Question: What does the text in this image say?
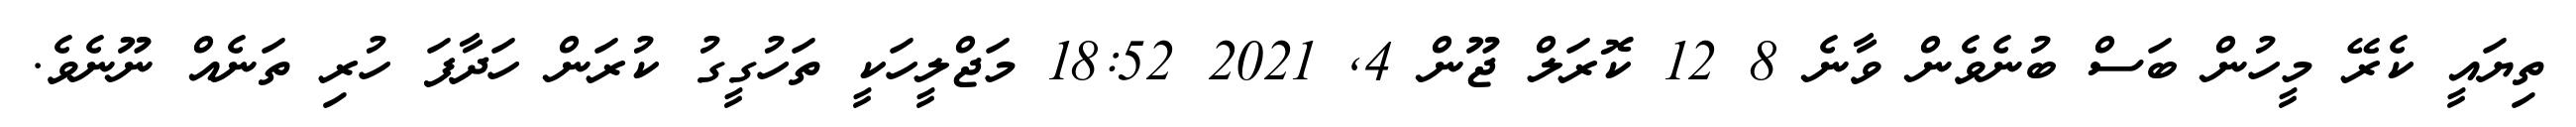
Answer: ތިޔައީ ކެރޭ މީހުން ބަސް ބުނެވެން ވާނެ 8 12 ކޮރަލް ޖޫން 4, 2021 18:52 މަޖްލީހަކީ ތަހުގީގު ކުރަން ހަދާފަ ހުރި ތަނެއް ނޫނެވެ.